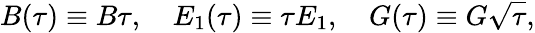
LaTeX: B(\tau)\equiv B\tau,\quad E_{1}(\tau)\equiv\tau E_{1},\quad G(\tau)\equiv G\sqrt{\tau},